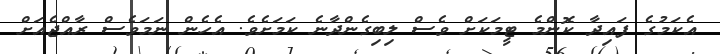
އެކަމުގެ ފައިދާ ކޮންމެ ޓީމަކަށް ވެސް ލިބިގެންދާނެ ކަމަށެވެ. އެހެން ނަމަވެސް ރާއްޖެއަށް